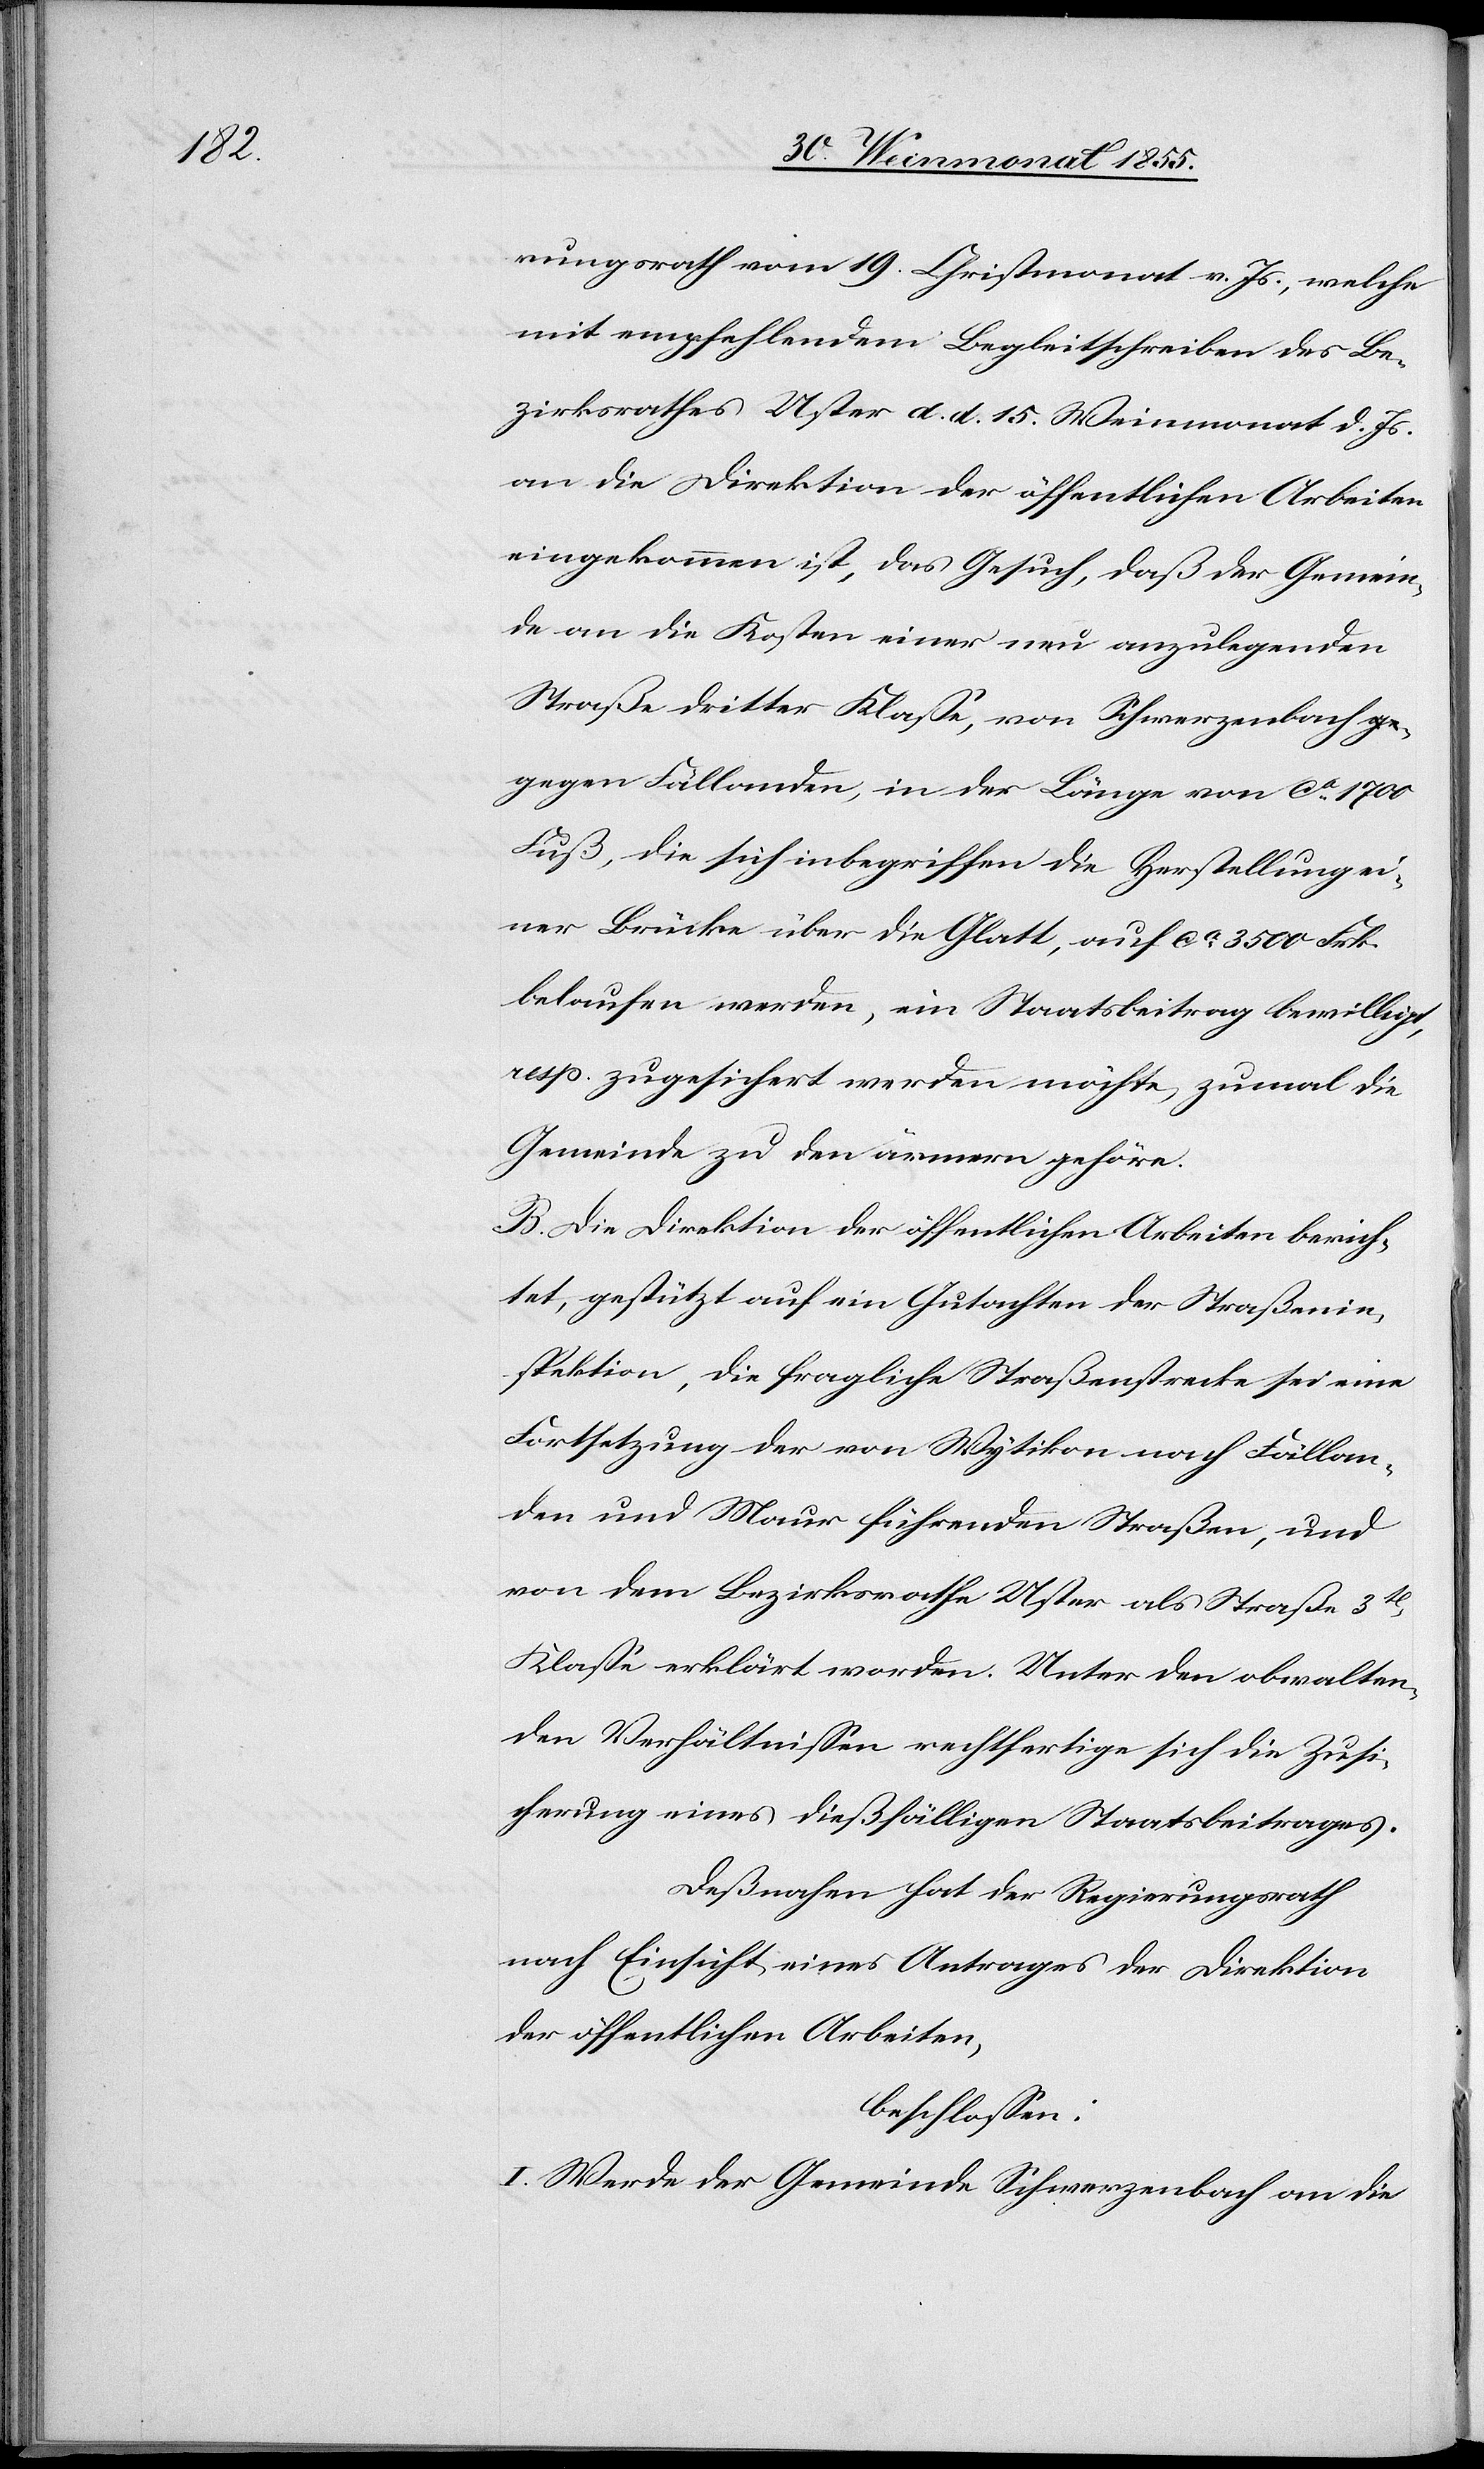
rungsrath vom 19. Christmonat v. Js., welche
mit empfehlendem Begleitschreiben des Be¬
zirksrathes Uster d. d. 15. Weinmonat d. Js.
an die Direktion der öffentlichen Arbeiten
eingekommen ist, das Gesuch, daß der Gemein¬
de an die Kosten einer neu anzulegenden
Straße dritter Klasse, von Schwerzenbach g¬
egen Fällanden, in der Länge von ca 1700
Fuß, die sich inbegriffen die Herstellung ei¬
ner Brücke über die Glatt, auf ca 3500 Frk.
belaufen werden, ein Staatsbeitrag bewilligt,
resp. zugesichert werden möchte, zumal die
Gemeinde zu den ärmern gehöre.
B. Die Direktion der öffentlichen Arbeiten berich¬
tet, gestützt auf ein Gutachten der Straßenin¬
spektion, die fragliche Straßenstrecke sei eine
Fortsetzung der von Wytikon nach Fällan¬
den und Maur führenden Straßen, und
von dem Bezirksrathe Uster als Straße 3t[er]
Klasse erklärt worden. Unter den obwalten¬
den Verhältnissen rechtfertige sich die Zusi¬
cherung eines dießfälligen Staatsbeitrages.
Deßnahen hat der Regierungsrath
nach Einsicht eines Antrages der Direktion
der öffentlichen Arbeiten,
beschlossen:
I. Werde der Gemeinde Schwerzenbach an die